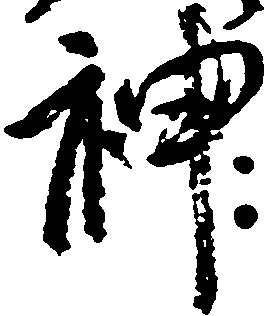
神